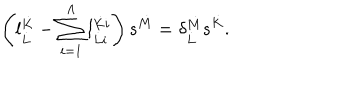
LaTeX: \left( l _ { \dot { L } } ^ { \dot { K } } - \sum _ { i = 1 } ^ { \Lambda } l _ { \dot { L } i } ^ { \dot { K } i } \right) s ^ { \dot { M } } = \delta _ { \dot { L } } ^ { \dot { M } } s ^ { \dot { K } } .